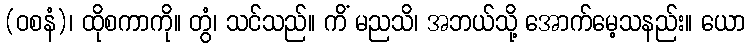
(ဝစနံ)၊ ထိုစကာကို။ တွံ၊ သင်သည်။ ကိံ မညသိ၊ အဘယ်သို့ အောက်မေ့သနည်း။ ယော